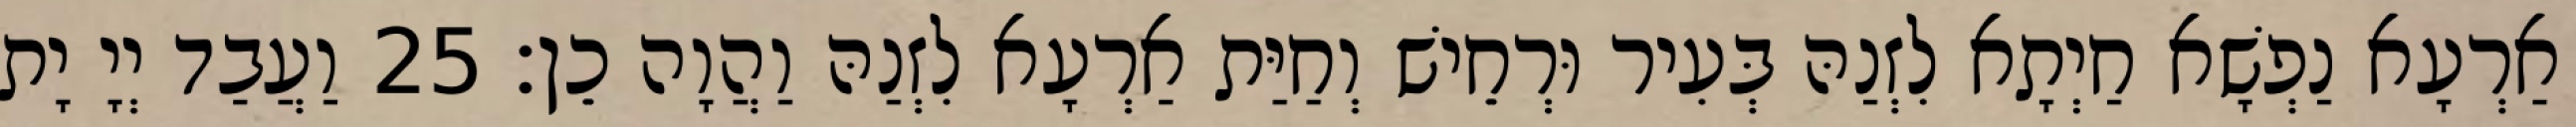
אַרְעָא נַפְשָׁא חַיְתָא לִזְנַהּ בְּעִיר וּרְחֵישׁ וְחַיַּת אַרְעָא לִזְנַהּ וַהֲוָה כֵן׃ 25 וַעֲבַד יְיָ יָת